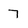
Character: 7